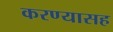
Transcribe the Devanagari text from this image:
करण्यासह